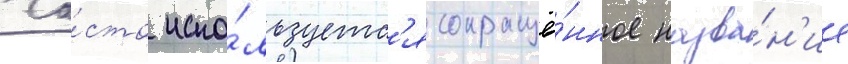
Ча́сто испо́льзуетс'я сокращё́нное назва́н'ие